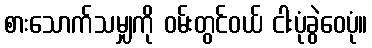
စားသောက်သမျှကို ဝမ်းတွင်ဝယ် ငါးပုံခွဲဝေပုံ။